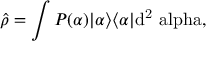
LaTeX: { \widehat { \rho } } = \int P ( \alpha ) | { \alpha } \rangle \langle { \alpha } | \mathrm { { { d } ^ { 2 } \ a l p h a , } }